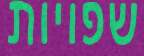
שפויות